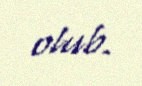
olub.